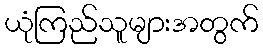
ယုံကြည်သူများအတွက်